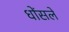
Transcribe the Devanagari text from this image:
धोंसले